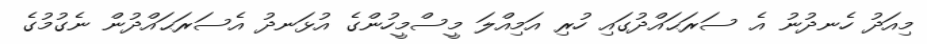
މިއަދު ހެނދުނު އެ ސަރަޙައްދުގައި ހުރި އަމިއްލަ މީސްމީހުންގެ އުޅަނދު އެސަރަޙައްދުން ނެގުމުގެ